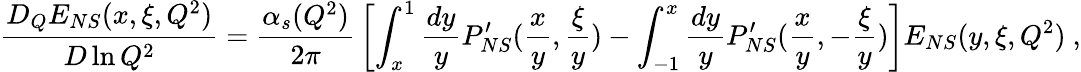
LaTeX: {\frac{D_{Q}E_{NS}(x,\xi,Q^{2})}{D\ln Q^{2}}}={\frac{\alpha_{s}(Q^{2})}{2\pi}}\left[\int_{x}^{1}{\frac{dy}{y}}P_{NS}^{\prime}({\frac{x}{y}},{\frac{\xi}{y}})-\int_{-1}^{x}{\frac{dy}{y}}P_{NS}^{\prime}({\frac{x}{y}},-{\frac{\xi}{y}})\right]E_{NS}(y,\xi,Q^{2})\ ,